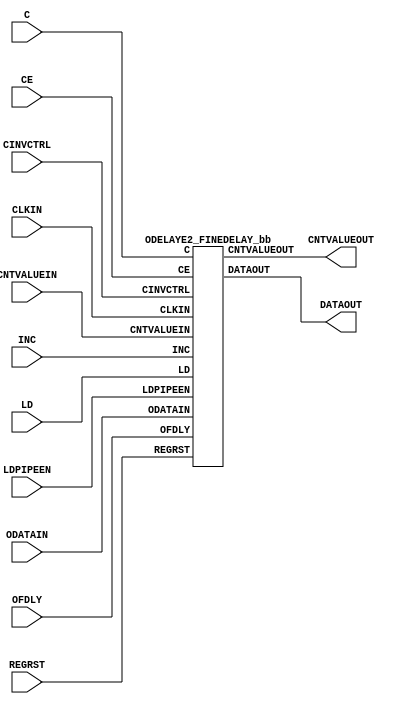
///////////////////////////////////////////////////////////////////////////////
// Copyright (c) 1995/2015 Xilinx, Inc.
// All Right Reserved.
///////////////////////////////////////////////////////////////////////////////
//   ____  ____
//  /   /\/   /
// /___/  \  /    Vendor : Xilinx
// \   \   \/     Version : 2015.4
//  \   \         Description : Xilinx Formal Library Component
//  /   /                  Onput Fixed or Variable Delay Element with Fine Adjustment.
// /___/   /\     Filename : ODELAYE2_FINEDELAY.v
// \   \  /  \
//  \___\/\___\
//
///////////////////////////////////////////////////////////////////////////////
// Revision:
//    02/15/11 - Initial version.
//    10/31/14 - Added inverter functionality for IS_*_INVERTED parameter (CR 828995).
// End Revision
///////////////////////////////////////////////////////////////////////////////

`timescale  1 ps / 1 ps

`celldefine

module ODELAYE2_FINEDELAY (
  CNTVALUEOUT,
  DATAOUT,

  C,
  CE,
  CINVCTRL,
  CLKIN,
  CNTVALUEIN,
  INC,
  LD,
  LDPIPEEN,
  ODATAIN,
  OFDLY,
  REGRST
);

    parameter CINVCTRL_SEL = "FALSE";
    parameter DELAY_SRC = "ODATAIN";
    parameter FINEDELAY = "BYPASS";
    parameter HIGH_PERFORMANCE_MODE    = "FALSE";
    parameter [0:0] IS_C_INVERTED = 1'b0;
    parameter [0:0] IS_ODATAIN_INVERTED = 1'b0;
    parameter ODELAY_TYPE  = "FIXED";
    parameter integer ODELAY_VALUE = 0;
    parameter PIPE_SEL = "FALSE";
    parameter real REFCLK_FREQUENCY = 200.0;
    parameter SIGNAL_PATTERN    = "DATA";

`ifdef XIL_TIMING
    parameter LOC = "UNPLACED";
    parameter integer SIM_DELAY_D = 0;
`endif // ifdef XIL_TIMING

    output [4:0] CNTVALUEOUT;
    output DATAOUT;

    input C;
    input CE;
    input CINVCTRL;
    input CLKIN;
    input [4:0] CNTVALUEIN;
    input INC;
    input LD;
    input LDPIPEEN;
    input ODATAIN;
    input [2:0] OFDLY;
    input REGRST;

   wire C_in;
   wire ODATAIN_in;

   assign C_in = IS_C_INVERTED ^ C;
   assign ODATAIN_in = IS_ODATAIN_INVERTED ^ ODATAIN;
   
   ODELAYE2_FINEDELAY_bb inst_bb (
                  .CNTVALUEOUT(CNTVALUEOUT),
                  .DATAOUT(DATAOUT),
                  .C(C_in),
                  .CE(CE),
                  .CINVCTRL(CINVCTRL),
                  .CLKIN(CLKIN),
                  .CNTVALUEIN(CNTVALUEIN),
                  .INC(INC),
                  .LD(LD),
                  .LDPIPEEN(LDPIPEEN),
                  .ODATAIN(ODATAIN_in),
                  .OFDLY(OFDLY),
                  .REGRST(REGRST)
                  );

endmodule

module ODELAYE2_FINEDELAY_bb (
    output [4:0] CNTVALUEOUT,
    output DATAOUT,

    input C,
    input CE,
    input CINVCTRL,
    input CLKIN,
    input [4:0] CNTVALUEIN,
    input INC,
    input LD,
    input LDPIPEEN,
    input ODATAIN,
    input [2:0] OFDLY,
    input REGRST
);

endmodule

`endcelldefine